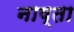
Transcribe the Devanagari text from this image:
नाष्ता